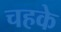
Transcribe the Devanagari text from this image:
चहके